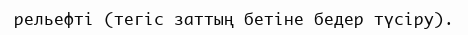
рельефті (тегіс заттың бетіне бедер түсіру).